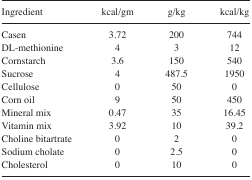
| Ingredient | kcal/gm | g/kg | kcal/kg |
 | --- | --- | --- | --- |
 | Casen | 3.72 | 200 | 744 |
 | DL-methionine | 4 | 3 | 12 |
 | Cornstarch | 3.6 | 150 | 540 |
 | Sucrose | 4 | 487.5 | 1950 |
 | Cellulose | 0 | 50 | 0 |
 | Corn oil | 9 | 50 | 450 |
 | Mineral mix | 0.47 | 35 | 16.45 |
 | Vitamin mix | 3.92 | 10 | 39.2 |
 | Choline bitartrate | 0 | 2 | 0 |
 | Sodium cholate | 0 | 2.5 | 0 |
 | Cholesterol | 0 | 10 | 0 |